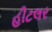
હીટલર